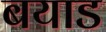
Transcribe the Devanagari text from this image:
बयाड